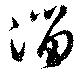
溜